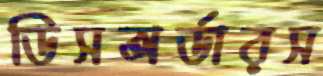
ডিসঅর্ডারস